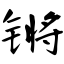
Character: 锵